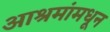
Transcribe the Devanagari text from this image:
आश्रमांमधून